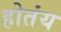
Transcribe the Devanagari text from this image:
होतंय